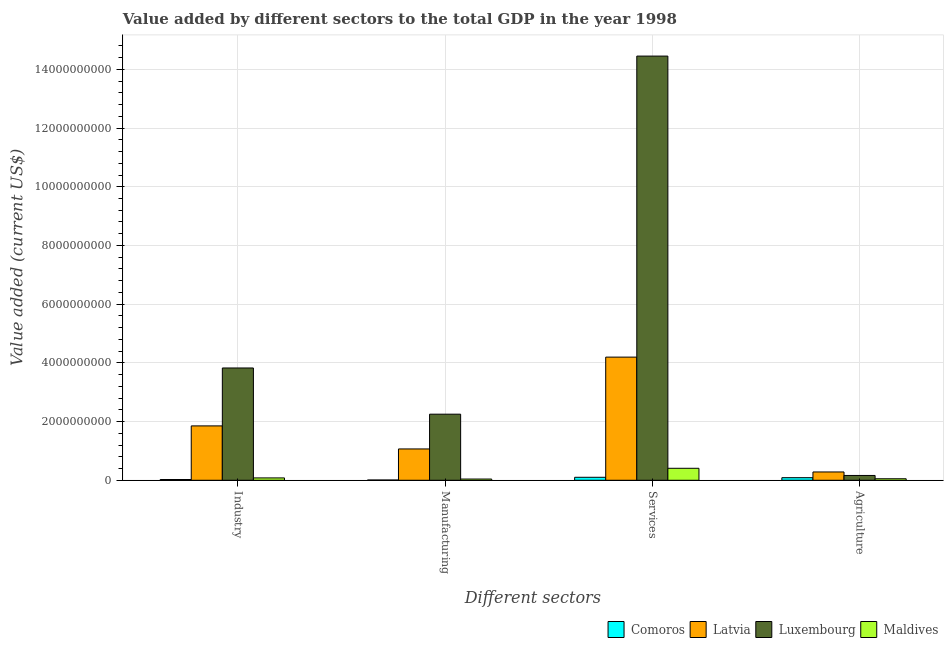
| Different sectors | Comoros | Latvia | Luxembourg | Maldives |
 | --- | --- | --- | --- | --- |
 | Industry | 2.57e+07 | 1.85e+09 | 3.83e+09 | 8.04e+07 |
 | Manufacturing | 8.97e+06 | 1.07e+09 | 2.25e+09 | 4.16e+07 |
 | Services | 1.02e+08 | 4.2e+09 | 1.45e+10 | 4.08e+08 |
 | Agriculture | 8.82e+07 | 2.83e+08 | 1.64e+08 | 5.16e+07 |